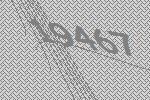
19467